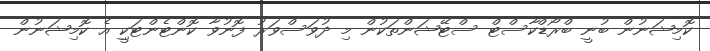
ކޮމިޝަނުން ބުނީ ބްރޯޑްކާސްޓް ސްޓޭޝަންތަކުން މި ދުވަސްވަރު ފޮނުވާ ކޮންޓެންޓަކީި އެ ކޮމިޝަނުން